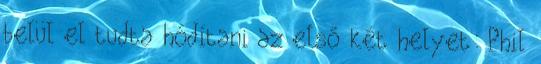
belül el tudta hódítani az első két helyet: Phil